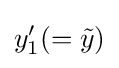
y_{1}'(={\tilde {y}})